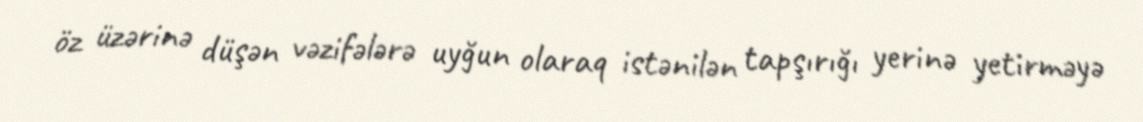
öz üzərinə düşən vəzifələrə uyğun olaraq istənilən tapşırığı yerinə yetirməyə